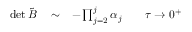
\begin{array} { r l r } { \operatorname* { d e t } \tilde { B } } & { { } \sim } & { - \prod _ { j = 2 } ^ { j } \alpha _ { j } \qquad \tau \rightarrow 0 ^ { + } } \end{array}